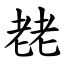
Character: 䎜